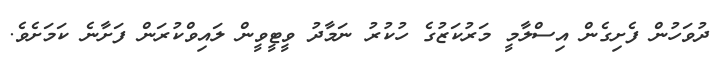
ދުވަހުން ފެށިގެން އިސްލާމީ މަރުކަޒުގެ ހުކުރު ނަމާދު ވީޓީވީން ލައިވްކުރަން ފަށާނެ ކަމަށެވެ.